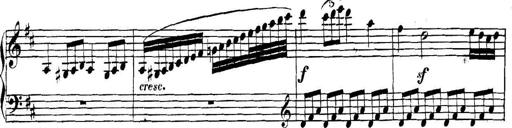
Title: Collected Piano Sonatas
Composer: Muzio Clementi